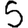
Digit: 5